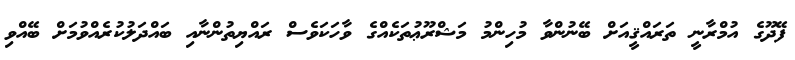
ފޭދޫގެ އުމްރާނީ ތަރައްޤީއަށް ބޭނުންވާ މުހިންމު މަޝްރޫޢުތަކެއްގެ ވާހަކަވެސް ރައްޔިތުންނާއި ބައްދަލުކުރެއްވުމަށް ބޭއްވި